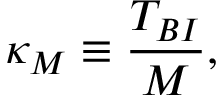
\kappa _ { M } \equiv \frac { T _ { B I } } { M } ,